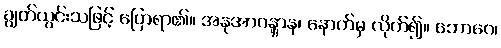
ချွတ်ယွင်းသဖြင့် ပြောရာ၏။ အနုအာဂန္တွာန၊ နောက်မှ လိုက်၍။ ဘောဂေ၊